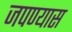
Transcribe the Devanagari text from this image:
जपण्यास